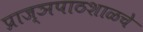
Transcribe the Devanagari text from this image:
प्राज्ञपाठशाळचे